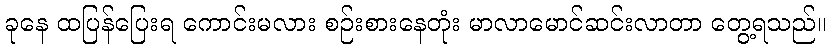
ခုနေ ထပြန်ပြေးရ ကောင်းမလား စဉ်းစားနေတုံး မာလာမောင်ဆင်းလာတာ တွေ့ရသည်။